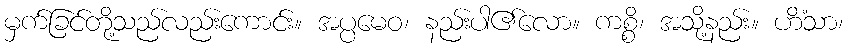
မှက်ခြင်တို့သည်လည်းကောင်း။ အပ္ပမေဝ၊ နည်းပါ၏လော။ ကစ္စိ၊ အသို့နည်း။ ဟိံသာ၊